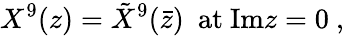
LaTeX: X^{9}(z)={\tilde{X}}^{9}(\bar{z})\ \ \mathrm{at\ Im}z=0\ ,